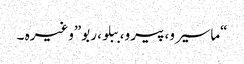
“ماسیرو، پیرو، ببلو، ربو”وغیرہ ۔